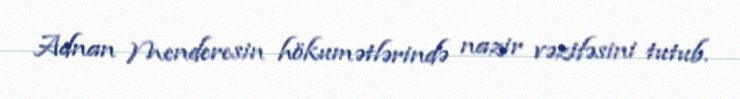
Adnan Menderesin hökumətlərində nazir vəzifəsini tutub.